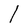
Character: I